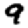
Digit: 9